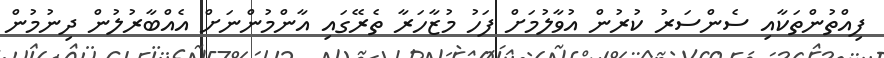
ފިއްތުންތަކާއި ސެންސަރު ކުރުން އުވާލުމަށް ފަހު މުޒާހަރާ ތެރޭގައި އާންމުންނަށް އެއްބާރުލުން ދިނުމުން